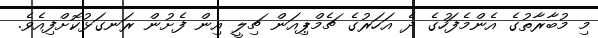
މި މުބާރާތުގެ އެންމެފަހުގެ ދެ އަހަރުގެ ޗެމްޕިއަން ޗިލީ އިން ފެށުން ރަނގަޅުކޮށްފިއެވެ.